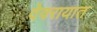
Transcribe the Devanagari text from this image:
देवरायात